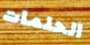
الحلمات